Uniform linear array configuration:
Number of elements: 8
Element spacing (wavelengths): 0.5
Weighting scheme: hann
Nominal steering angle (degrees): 0
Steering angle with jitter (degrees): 1.697
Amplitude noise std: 0.05
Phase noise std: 0.05

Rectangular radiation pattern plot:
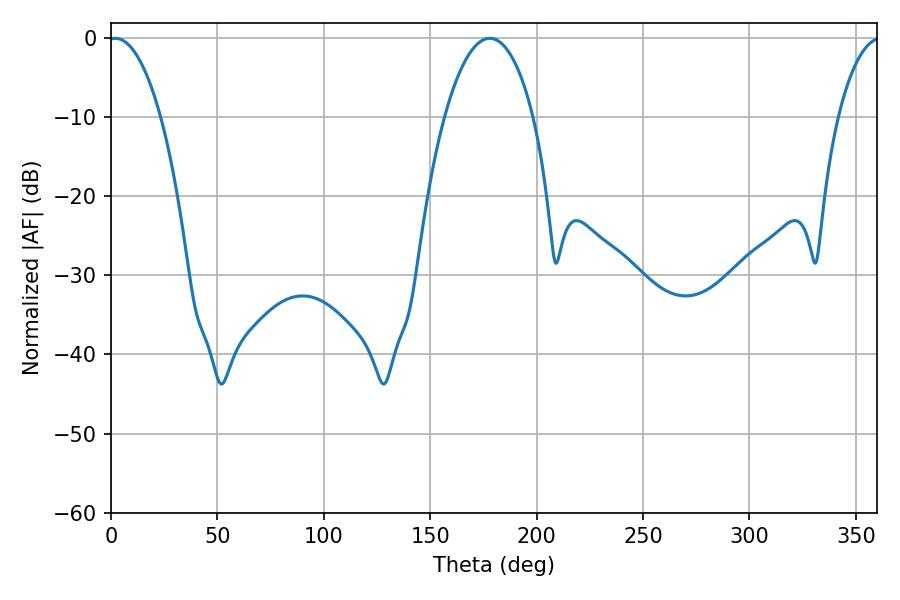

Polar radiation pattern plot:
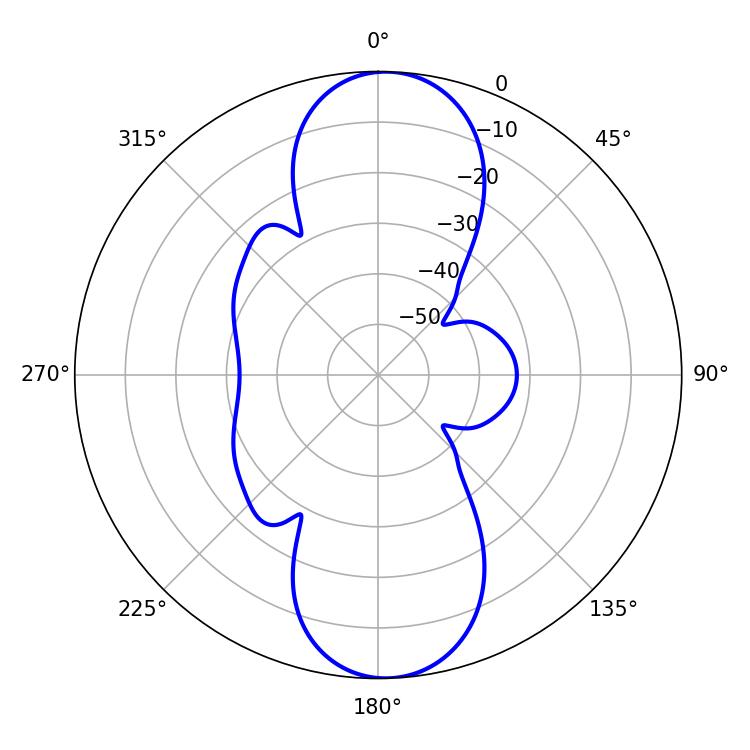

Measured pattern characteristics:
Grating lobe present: FALSE
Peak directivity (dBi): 17.985
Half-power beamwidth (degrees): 13.86
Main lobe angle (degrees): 1.98